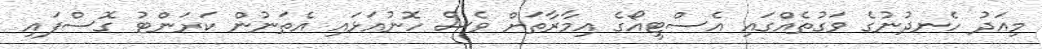
މިއަދު ހެނދުނުގެ ވަގުތެއްގައި އެސްޓީއޯގެ އިމާރާތަށް ވެސް ހޮނުއަޅައި އެތަނުން ކަރަންޓު ގޮސްފައި